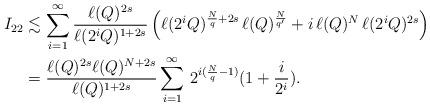
LaTeX: \begin{align*}I_{22}&\lesssim\sum_{i=1}^\infty \frac{\ell(Q)^{2s}}{\ell(2^iQ)^{1+2s}}\,\Big(\ell(2^iQ)^{\frac Nq+ 2s}\,\ell(Q)^{\frac N{q'}} + i\,\ell(Q)^N\,\ell(2^iQ)^{2s}\Big)\\&=\frac{\ell(Q)^{2s}\ell(Q)^{N+2s}}{\ell(Q)^{1+2s}}\sum_{i=1}^\infty \,2^{i(\frac Nq-1)}(1+\frac{i}{2^i}).\end{align*}